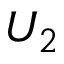
U _ { 2 }